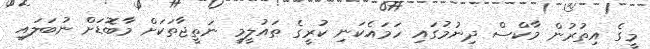
މީގެ އިތުރުން މާކްސް ދިނުމުގައި ހަމައެކަނި ކުރީގެ ތައުލީމީ ނަތީޖާތަކަށް މާބޮޑަށް ނުބަލައި